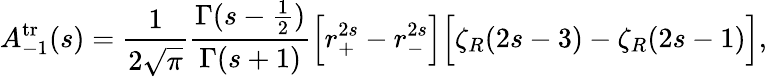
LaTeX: A_{-1}^{\mathrm{tr}}(s)={\frac{1}{2\sqrt{\pi}}}{\frac{\Gamma(s-{\frac{1}{2}})}{\Gamma(s+1)}}\Bigr[r_{+}^{2s}-r_{-}^{2s}\Bigr]\Bigr[\zeta_{R}(2s-3)-\zeta_{R}(2s-1)\Bigr],